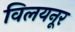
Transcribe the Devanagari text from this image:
विलयनूर